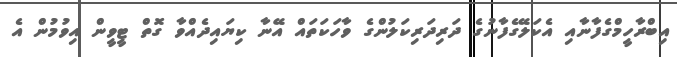
އިބްރާހީމްގެފާނާއި އެކަލޭގެފާނުގެ ދަރިދަރިކަލުންގެ ވާހަކަތައް އޭނާ ކިޔައިދެއްވާ ގޮތް ޓީވީން އިވުމުން އެ